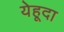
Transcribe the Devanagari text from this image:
येहूदा